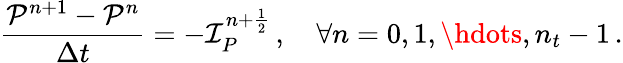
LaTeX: \frac{\mathcal P^{n+1}-\mathcal P^{n}}{\Delta t}=-\mathcal I_{P}^{n+\frac 12}\, ,\quad\forall n=0,1,\hdots,n_{t}-1\, .